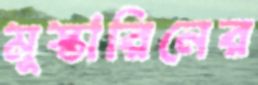
মুস্তারিনের